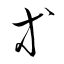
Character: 等